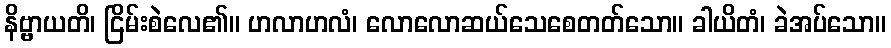
နိဗ္ဗာယတိ၊ ငြိမ်းစဲလေ၏။ ဟလာဟလံ၊ လောလောဆယ်သေစေတတ်သော။ ခါယိတံ၊ ခဲအပ်သော။